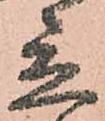
立